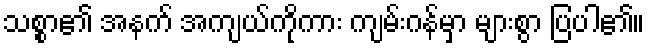
သစ္စာ၏ အနက် အကျယ်ကိုကား ကျမ်းဂန်မှာ များစွာ ပြပါ၏။